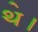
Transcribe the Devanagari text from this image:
थ॓।